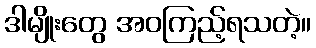
ဒါမျိုးတွေ အဝကြည့်ရသတဲ့။